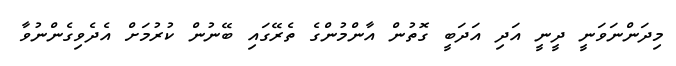
މިދަންނަވަނީ ދީނީ އަދި އަދަބީ ގޮތުން އާންމުންގެ ތެރޭގައި ބޭނުން ކުރުމަށް އެދެވިގެންނުވާ